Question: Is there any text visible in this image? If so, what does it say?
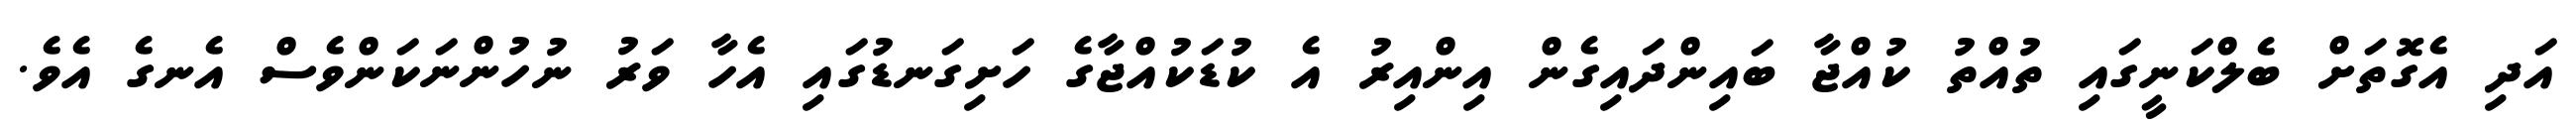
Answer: އަދި އެގޮތަށް ބެލްކަނީގައި ތުއްތު ކުއްޖާ ބައިންދައިގެން އިންއިރު އެ ކުޑަކުއްޖާގެ ހަށިގަނޑުގައި އެހާ ވަރު ނުހުންނަކަންވެސް އެނގެ އެވެ.